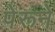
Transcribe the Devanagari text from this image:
पेरूने